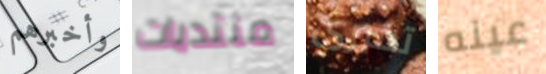
وأخبرهم منتديات تخبرى عينه